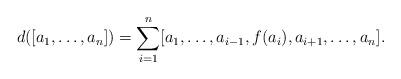
LaTeX: \begin{align*}d([a_1,\dots,a_n]) = \sum_{i=1}^n[a_1, \dots, a_{i-1}, f(a_i), a_{i+1}, \dots, a_n].\end{align*}